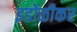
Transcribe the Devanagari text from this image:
इडोळीकर